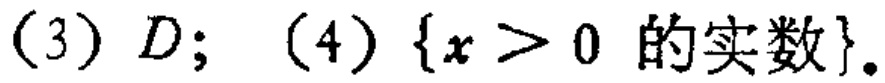
(3) \(D\); (4) \(\{x>0 \text{ 的实数}\}\)